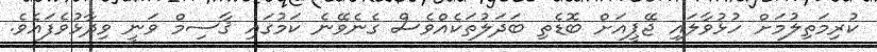
ކުރިމަތިލުމަށް ހުޅުވާލައި ޖޭޕީއަށް ބޮޑެތި ބަދަލުތަކެއްވެސް ގެނެވޭނެ ކަމުގައި ޤާސިމް ވަނީ ވިދާޅުވެފައެވެ.